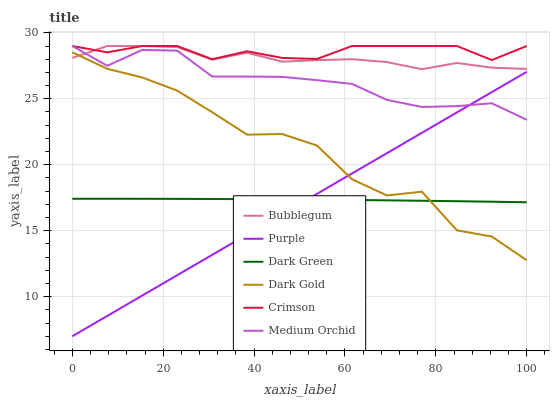
| xaxis_label | Bubblegum | Purple | Dark Green | Dark Gold | Crimson | Medium Orchid |
 | --- | --- | --- | --- | --- | --- | --- |
 | 0 | 28.1 | 7 | 17.4 | 28.5 | 29 | 29 |
 | 7.69 | 29 | 8.54 | 17.4 | 27.3 | 28.5 | 27.5 |
 | 15.4 | 29 | 10.1 | 17.4 | 26.6 | 29 | 28.7 |
 | 23.1 | 28.9 | 11.6 | 17.4 | 25.6 | 29 | 28.6 |
 | 30.8 | 28 | 13.2 | 17.4 | 24 | 28 | 26.7 |
 | 38.5 | 28.5 | 14.7 | 17.4 | 22.3 | 28.6 | 26.7 |
 | 46.2 | 27.8 | 16.3 | 17.4 | 22.3 | 28.1 | 26.7 |
 | 53.8 | 27.9 | 17.8 | 17.4 | 21.5 | 28 | 26.4 |
 | 61.5 | 28 | 19.3 | 17.3 | 18.9 | 29 | 26.1 |
 | 69.2 | 27.8 | 20.9 | 17.3 | 17.7 | 29 | 24.9 |
 | 76.9 | 27.2 | 22.4 | 17.3 | 18 | 29 | 24.4 |
 | 84.6 | 27.7 | 24 | 17.2 | 15 | 29 | 24.4 |
 | 92.3 | 27.4 | 25.5 | 17.2 | 14.6 | 27.9 | 24.7 |
 | 100 | 27.3 | 27 | 17.2 | 12.8 | 29 | 23.4 |